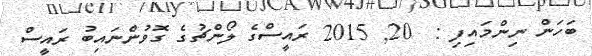
ބަހަން ނިންމައިފި :  20